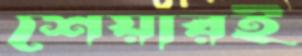
শেয়ারই